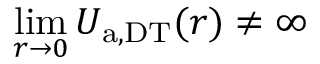
\operatorname* { l i m } _ { r \to 0 } U _ { \mathrm { a , D T } } ( r ) \neq \infty